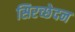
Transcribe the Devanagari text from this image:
सिरच्छेदन